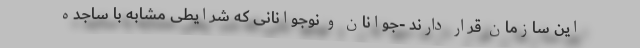
این سازمان قرار دارند -جوانان و نوجوانانی که شرایطی مشابه با ساجده